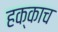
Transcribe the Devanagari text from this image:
हक्काच